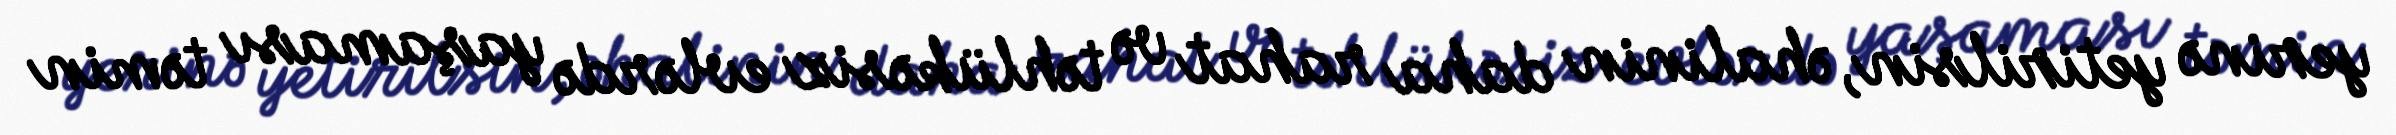
yerinə yetirilsin, əhalinin daha rahat və təhlükəsiz evlərdə yaşaması təmin